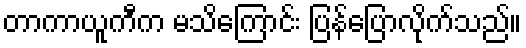
တာကာယူကီက မသိကြောင်း ပြန်ပြောလိုက်သည်။